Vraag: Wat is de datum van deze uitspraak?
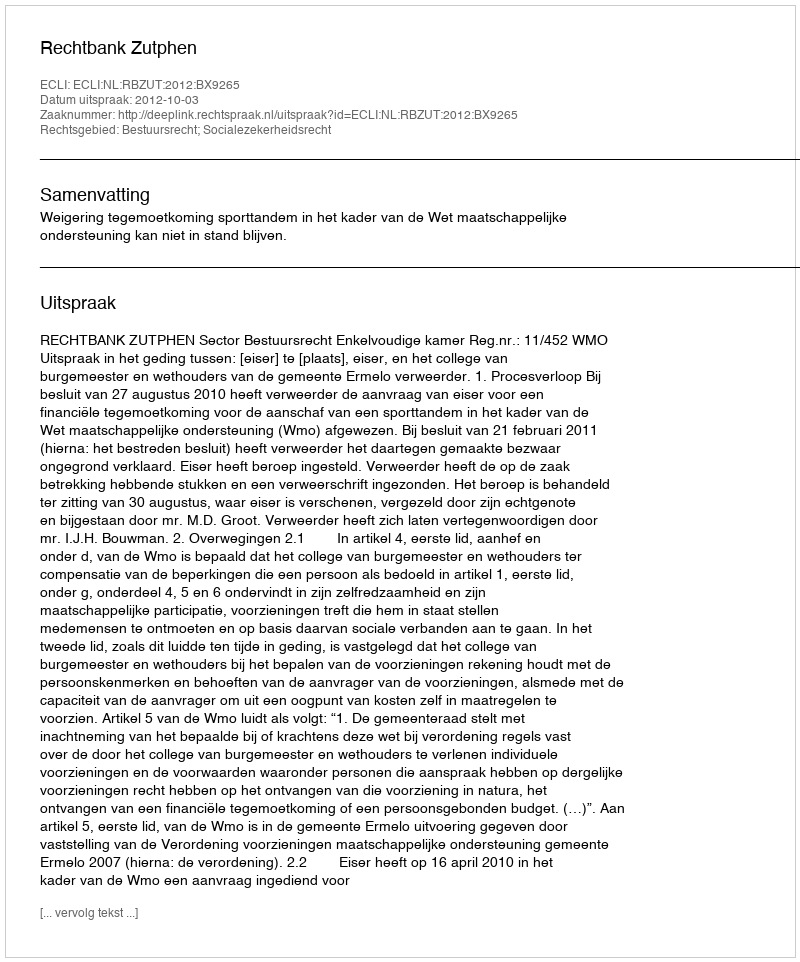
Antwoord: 2012-10-03